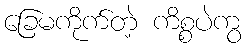
ခြေမကိုက်တဲ့ ကိစ္စပဲကွ